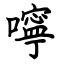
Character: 嚀